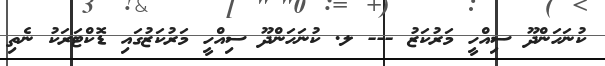
ކުނަހަންދޫ ސިއްހީ މަރުކަޒު --- ލ. ކުނަހަންދޫ ސިއްހީ މަރުކަޒުގައި ޑޮކްޓަރަކު ނެތި